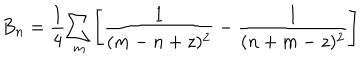
B _ { n } = { \frac { 1 } { 4 } } { \sum _ { m } } \Biggl [ { \frac { 1 } { ( m - n + z ) ^ { 2 } } } - { \frac { 1 } { ( n + m - z ) ^ { 2 } } } \Biggr ]